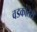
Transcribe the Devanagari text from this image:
वडकांतरा